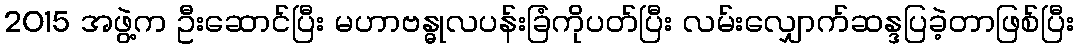
2015 အဖွဲ့က ဦးဆောင်ပြီး မဟာဗန္ဓုလပန်းခြံကိုပတ်ပြီး လမ်းလျှောက်ဆန္ဒပြခဲ့တာဖြစ်ပြီး